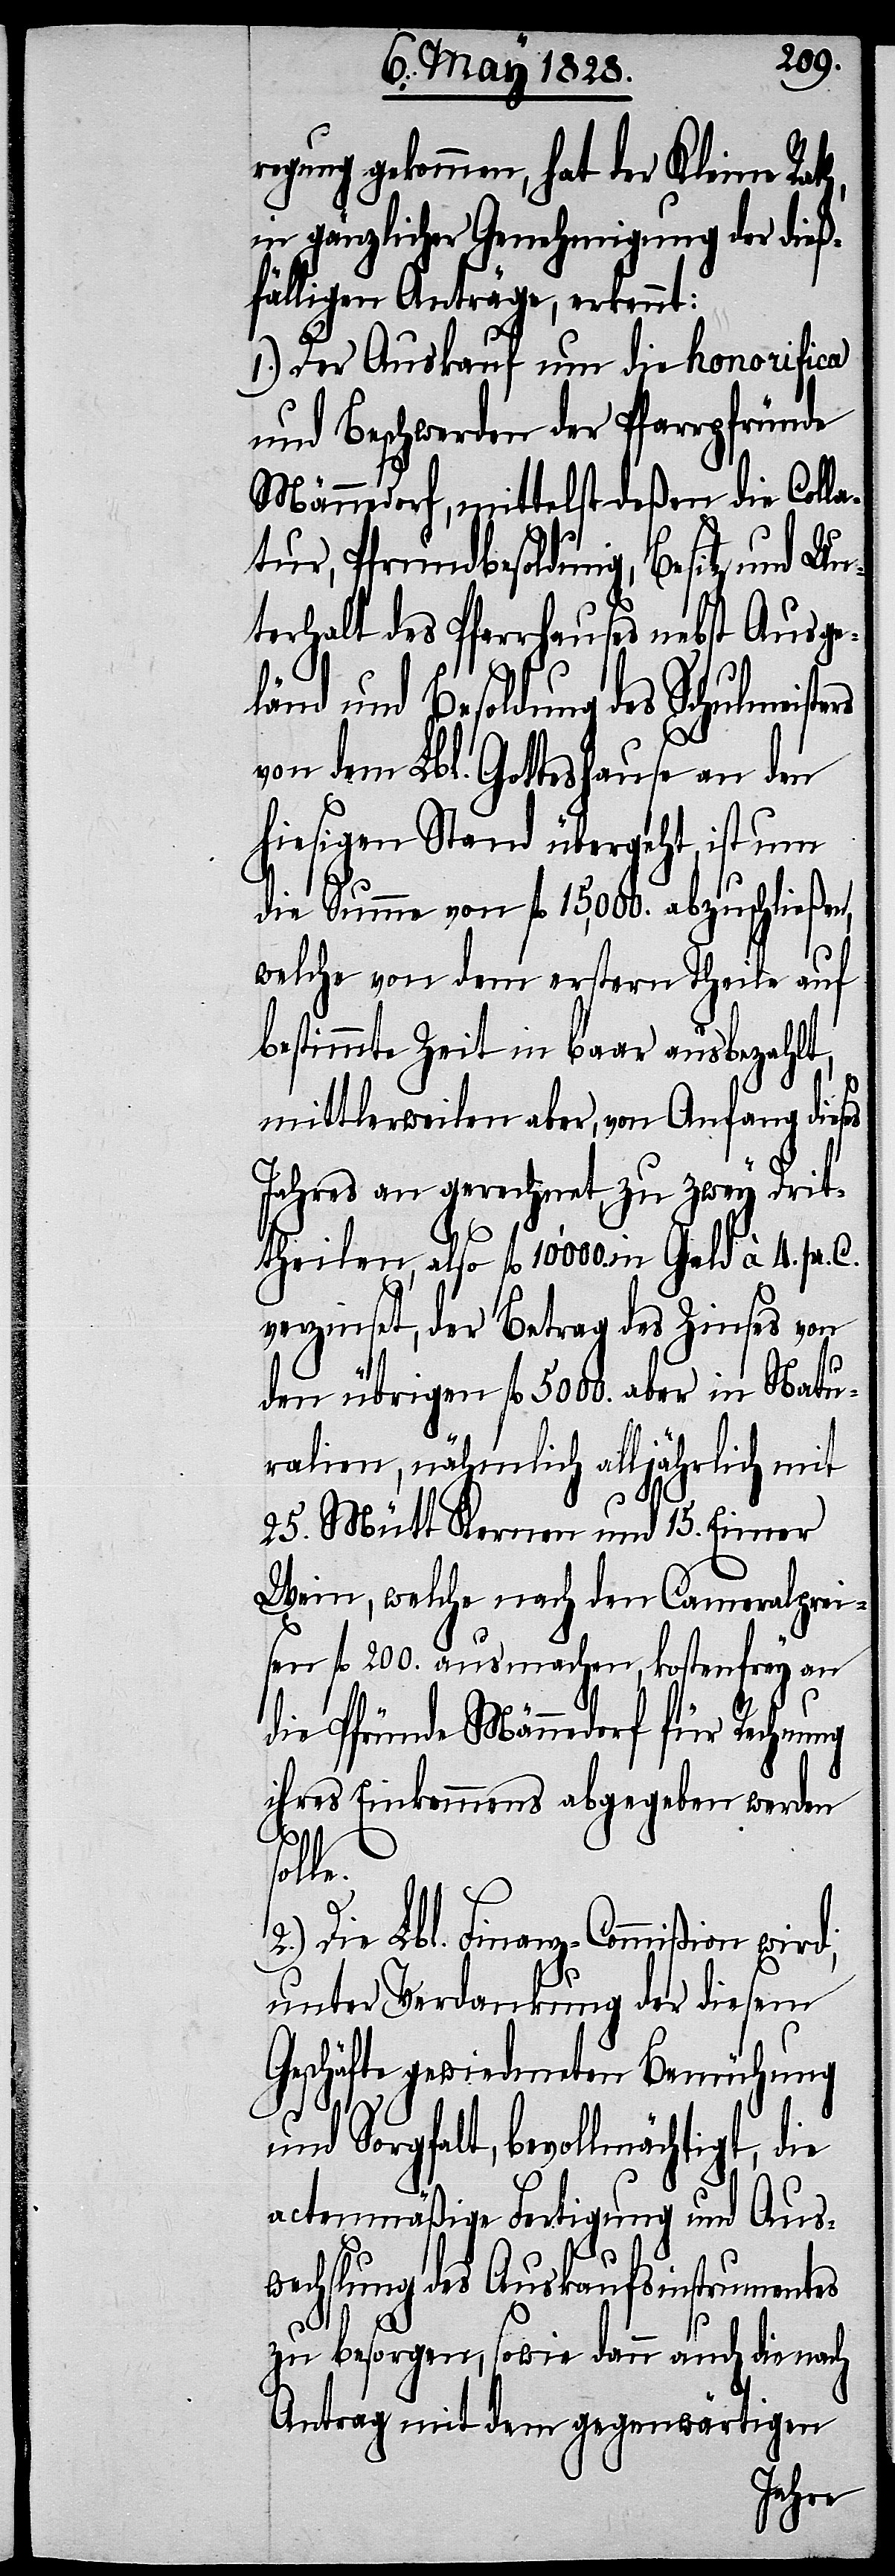
regung gekommen, hat der Kleine Rath,
in gänzlicher Genehmigung der dieß¬
fälligen Anträge, erkennt:
1.) Der Auskauf um die honorifica
und Beschwerden der Pfarrpfründe
Männedorf, mittelst deßen die Coll¬
atur, Pfrundbesoldung, Besitz und Un¬
terhalt des Pfarrhauses nebst Ausge¬
länd und Besoldung des Schulmeisters
von dem Lbl. Gotteshause an den
hiesigen Stand übergeht, ist um
die Summe von fl. 15,000. abzuschließen,
welche von dem erstern Theile auf
bestimmte Zeit in baar ausbezahlt,
mittlerweilen aber, von Anfang dieses
Jahres an gerechnet, zu zwey Drit¬
theilen, als fl. 10'000. in Geld à 4. pr. C.
verzinset, der Betrag des Zinses von
den übrigen fl. 5000. aber in Natu¬
ralien, nähmlich alljährlich mit
25. Mütt Kernen und 15. Eimer
Wein, welche nach den Cameralprei¬
sen fl. 200. ausmachen, kostenfrey an
die Pfründe Männedorf für Rechnung
ihres Einkommens abgegeben werden
solle.
Die Lbl. Finanz-Commißion wird,
unter Verdankung der diesem
Geschäfte gewiedmeten Bemühung
und Sorgfalt, bevollmächtigt, die
actenmäßige Fertigung und Aus¬
wechslung des Auskaufsinstrumentes
zu besorgen, sowie dann auch die nach
Antrag mit dem gegenwärtigen